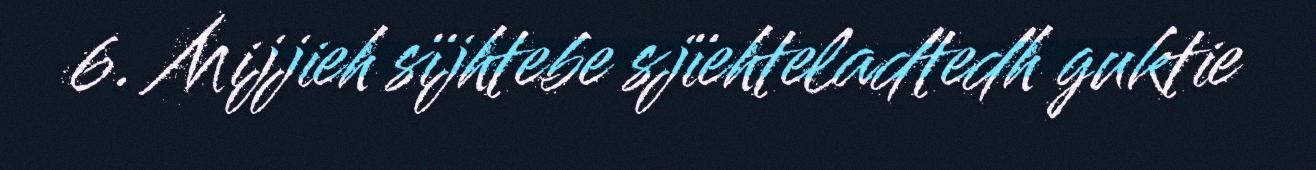
6. Mijjieh sïjhtebe sjïehteladtedh guktie